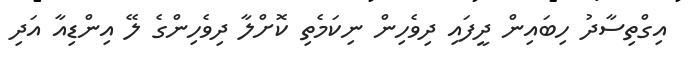
އިގްތިސާދު ހިބައިން ދީފައި ދިވެހިން ނިކަމެތި ކޮށްލާ ދިވެހިންގެ ލޭ އިންޑިއާ އަދި